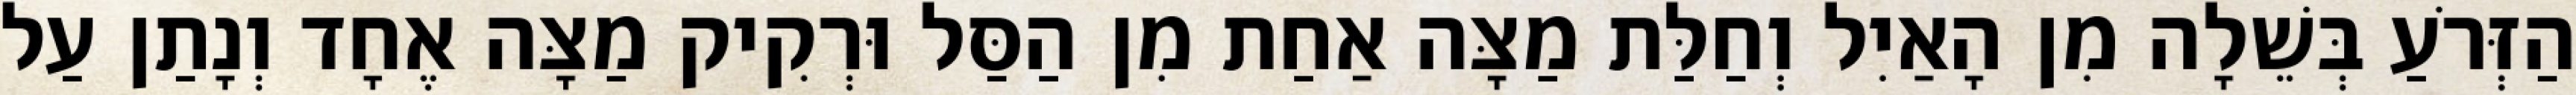
הַזְּרֹעַ בְּשֵׁלָה מִן הָאַיִל וְחַלַּת מַצָּה אַחַת מִן הַסַּל וּרְקִיק מַצָּה אֶחָד וְנָתַן עַל